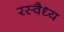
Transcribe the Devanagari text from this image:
रस्वैध्य